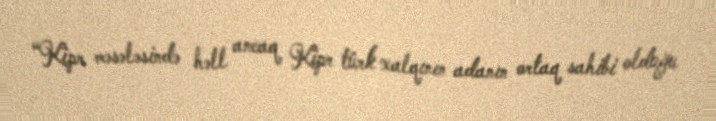
“Kipr məsələsində həll ancaq Kipr türk xalqının adanın ortaq sahibi olduğu